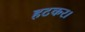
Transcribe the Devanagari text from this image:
हटकर।